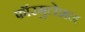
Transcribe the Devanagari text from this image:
फॉरमुलेशन